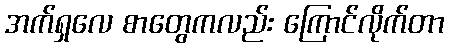
အက်ရှလေ စာတွေကလည်း ကြောင်လိုက်တာ